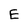
Character: E